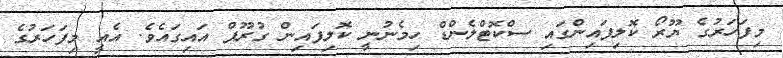
މިފަހަރުގެ ޔޫރޯ ކޮލިފައިންގައި ސްކޮޓްލެންޑް ހިމެނުނީ ކޮލިފައިން ގުރޫޕް އައިގައެވެ. އެއީ މިފަހަރުގެ